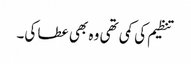
تنظیم کی کمی تھی وہ بھی عطا کی۔